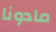
مادونا